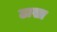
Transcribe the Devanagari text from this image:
ढाखा